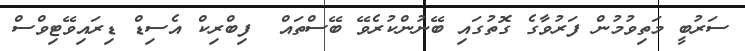
ސަރުބީ މަތިވުމުން ފަރުވާގެ ގޮތުގައި ބޭނުންކުރެވޭ ބޭސްތައް  ފިބްރިކް އެސިޑް ޑިރައިވޭޓިވްސް